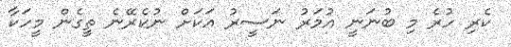
ކެރި ހުރެ މި ބުނަނީ އުމަރު ނަސީރު އަކަށް ނުކެރޭނެ ތީގެން މީހަކާ